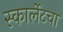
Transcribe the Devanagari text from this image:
स्कार्लेटचा